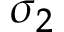
\sigma _ { 2 }